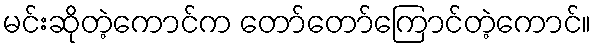
မင်းဆိုတဲ့ကောင်က တော်တော်ကြောင်တဲ့ကောင်။